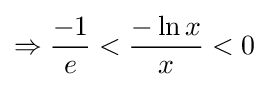
\Rightarrow {\frac {-1}{e}}<{\frac {-\ln x}{x}}<0